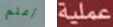
أعلم عملية